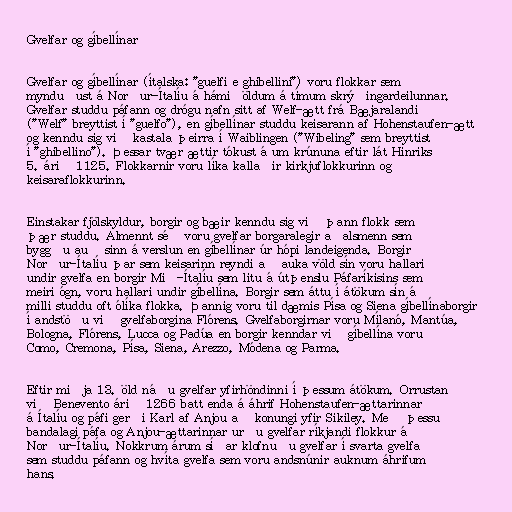
Gvelfar og gíbellínar

Gvelfar og gíbellínar (ítalska: "guelfi e ghibellini") voru flokkar sem
mynduðust á Norður-Ítalíu á hámiðöldum á tímum skrýðingardeilunnar.
Gvelfar studdu páfann og drógu nafn sitt af Welf-ætt frá Bæjaralandi
("Welf" breyttist í "guelfo"), en gíbellínar studdu keisarann af Hohenstaufen-ætt
og kenndu sig við kastala þeirra í Waiblingen ("Wibeling" sem breyttist
í "ghibellino"). Þessar tvær ættir tókust á um krúnuna eftir lát Hinriks
5. árið 1125. Flokkarnir voru líka kallaðir kirkjuflokkurinn og
keisaraflokkurinn.

Einstakar fjölskyldur, borgir og bæir kenndu sig við þann flokk sem
þær studdu. Almennt séð voru gvelfar borgaralegir aðalsmenn sem
byggðu auð sinn á verslun en gíbellínar úr hópi landeigenda. Borgir
Norður-Ítalíu þar sem keisarinn reyndi að auka völd sín voru hallari
undir gvelfa en borgir Mið-Ítalíu sem litu á útþenslu Páfaríkisins sem
meiri ógn, voru hallari undir gíbellína. Borgir sem áttu í átökum sín á
milli studdu oft ólíka flokka. Þannig voru til dæmis Písa og Siena gíbellínaborgir
í andstöðu við gvelfaborgina Flórens. Gvelfaborgirnar voru Mílanó, Mantúa,
Bologna, Flórens, Lucca og Padúa en borgir kenndar við gíbellína voru
Como, Cremona, Písa, Siena, Arezzo, Módena og Parma.

Eftir miðja 13. öld náðu gvelfar yfirhöndinni í þessum átökum. Orrustan
við Benevento árið 1266 batt enda á áhrif Hohenstaufen-ættarinnar
á Ítalíu og páfi gerði Karl af Anjou að konungi yfir Sikiley. Með þessu
bandalagi páfa og Anjou-ættarinnar urðu gvelfar ríkjandi flokkur á
Norður-Ítalíu. Nokkrum árum síðar klofnuðu gvelfar í svarta gvelfa
sem studdu páfann og hvíta gvelfa sem voru andsnúnir auknum áhrifum
hans.